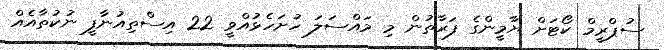
ސުޕްރީމް ކޯޓަށް ޔާމީންގެ ފަރާތުން މި މައްސަލަ ހުށަހެޅުއްވީ 22 އިސްތިއުނާފީ ނުކުތާއެއް